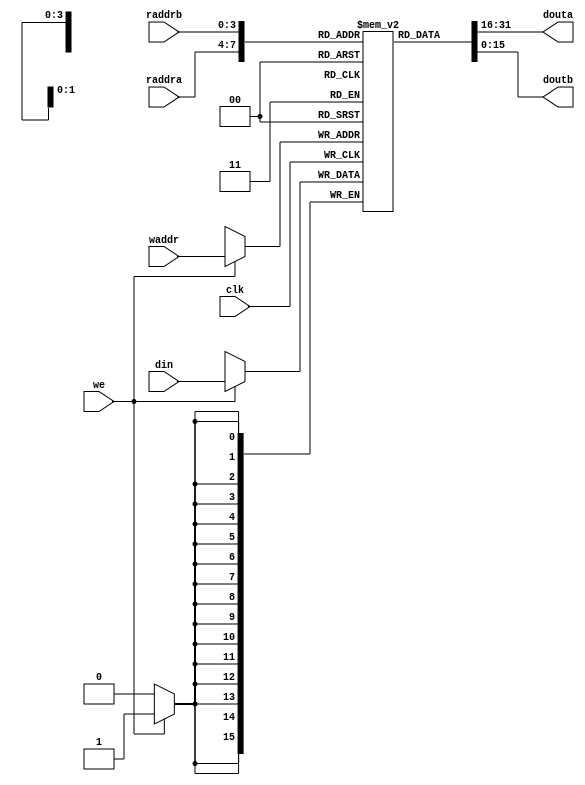
module regfile (
   input             clk,
   input [15:0]      din,
   input [3:0]       waddr,
   input [3:0]       raddra,   
   input [3:0]       raddrb,
   input             we,
   output [15:0]     douta,   
   output [15:0]     doutb
   );
   
   reg [15:0] M [0:15];
   
   always @(posedge clk)
      if (we)
         M[waddr] <= din;
   
   assign douta = M[raddra];   
   assign doutb = M[raddrb];
   
endmodule